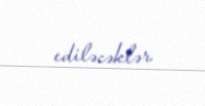
ediləcəklər.